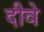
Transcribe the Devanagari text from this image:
दीवे